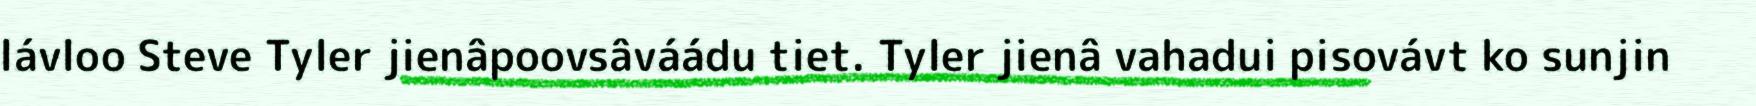
lávloo Steve Tyler jienâpoovsâváádu tiet. Tyler jienâ vahadui pisovávt ko sunjin